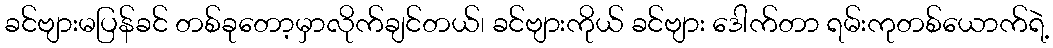
ခင်ဗျားမပြန်ခင် တစ်ခုတော့မှာလိုက်ချင်တယ်၊ ခင်ဗျားကိုယ် ခင်ဗျား ဒေါက်တာ ရမ်းကုတစ်ယောက်ရဲ့